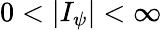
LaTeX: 0<|I_{\psi}|<\infty